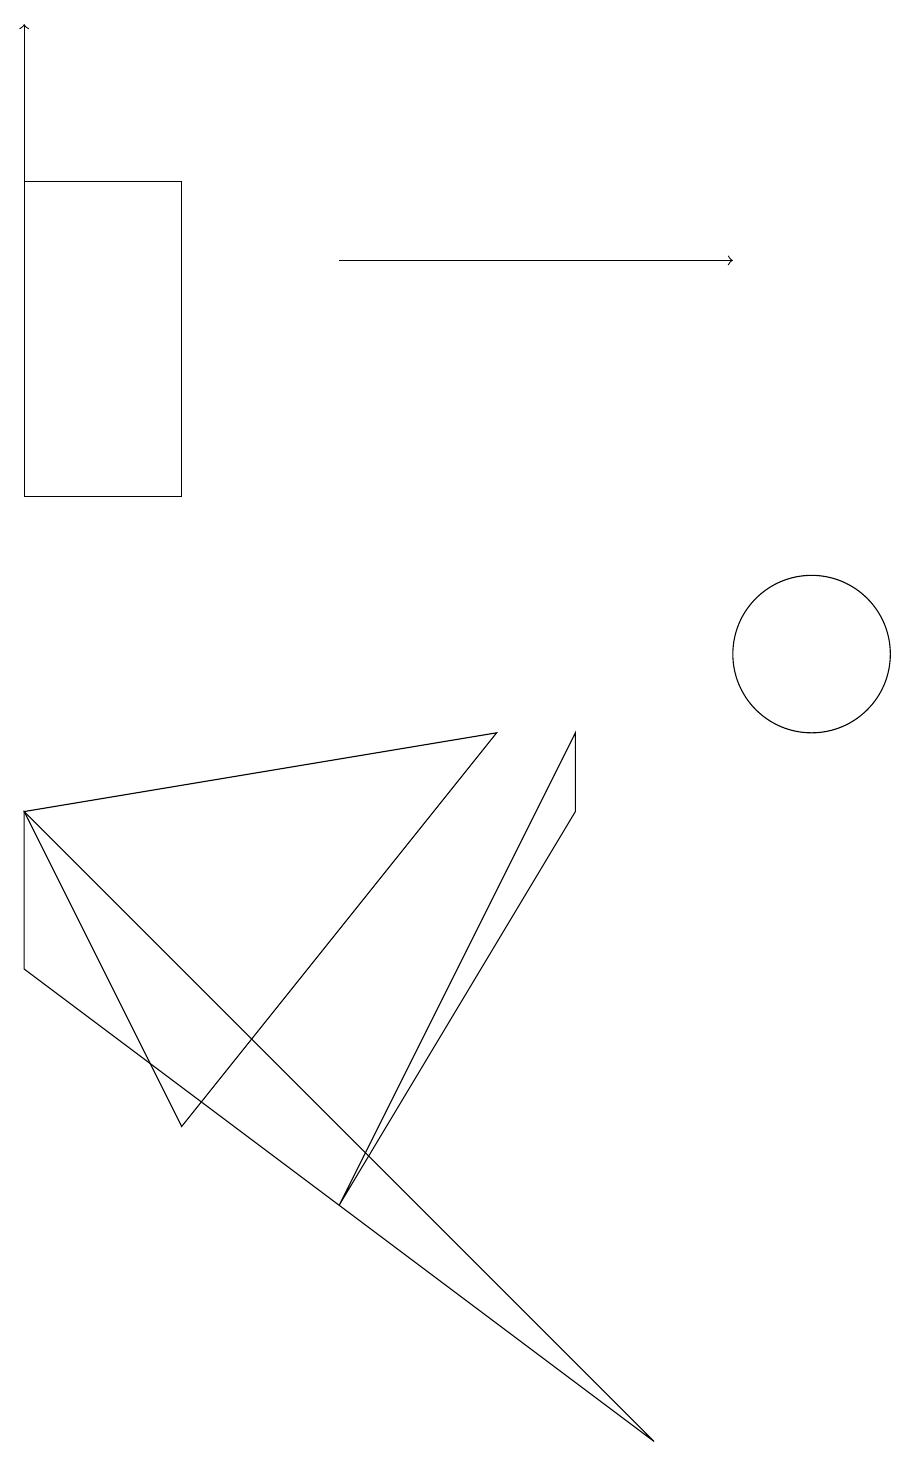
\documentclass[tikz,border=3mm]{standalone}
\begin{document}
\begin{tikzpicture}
\draw (0,12) rectangle (2,16);
\draw (10,12) circle (0);
\draw (0,6) -- (8,0) -- (0,8) -- cycle;
\draw (7,8) -- (7,9) -- (4,3) -- cycle;
\draw (2,4) -- (6,9) -- (0,8) -- cycle;
\draw (10,10) circle (1);
\draw[->] (4,15) -- (9,15);
\draw[->] (0,15) -- (0,18);
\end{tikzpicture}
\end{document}